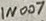
Text: In007